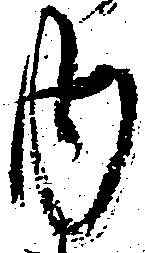
内